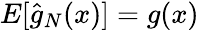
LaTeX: E[{\hat{g}}_{N}(x)]=g(x)